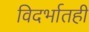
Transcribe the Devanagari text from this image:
विदर्भातही